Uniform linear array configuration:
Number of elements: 8
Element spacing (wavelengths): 0.5
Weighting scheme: kaiser
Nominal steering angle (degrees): -45
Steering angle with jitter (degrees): -44.223
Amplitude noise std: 0.05
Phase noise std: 0.05

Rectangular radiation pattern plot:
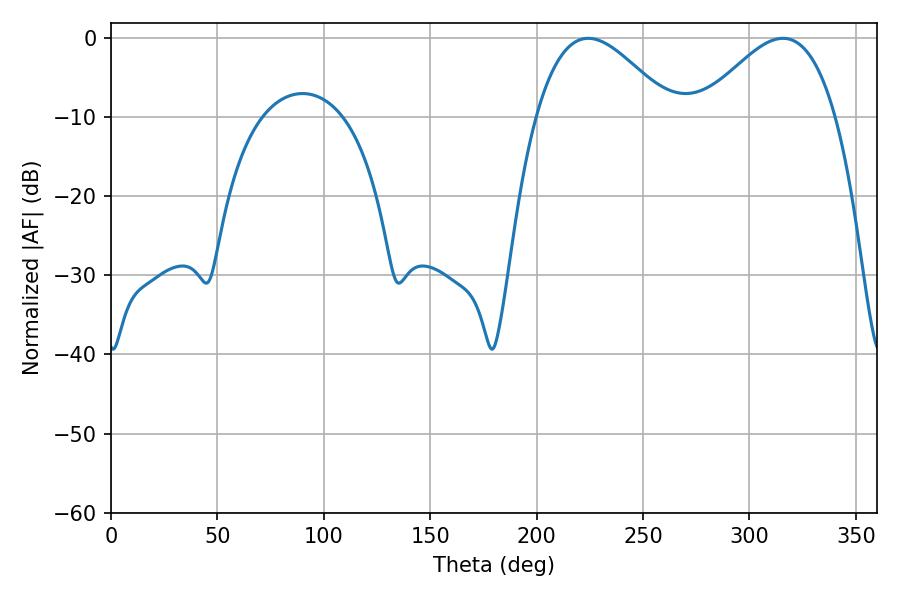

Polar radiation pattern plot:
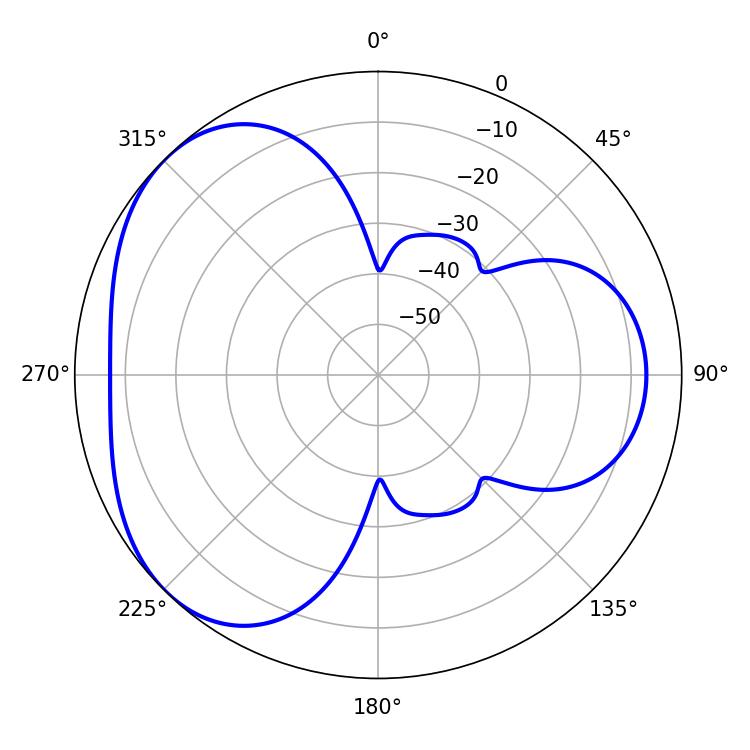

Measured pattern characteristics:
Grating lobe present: FALSE
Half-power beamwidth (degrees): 34.38
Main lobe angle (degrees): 224.28